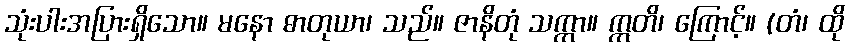
သုံးပါးအပြားရှိသော။ မနော ဓာတုယာ၊ သည်။ ဇာနိတုံ သက္ကာ။ ဣတိ၊ ကြောင့်။ (တံ၊ ထို